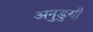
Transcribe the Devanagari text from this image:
अनुडुयी